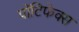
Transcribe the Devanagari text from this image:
पोंटिफेक्स